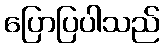
ပြောပြပါသည်